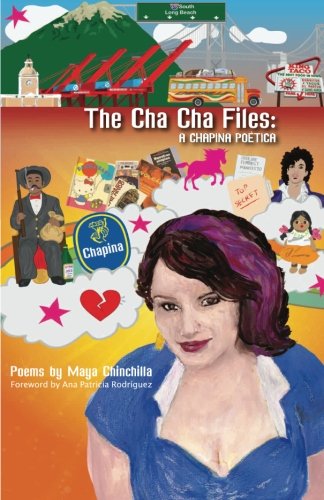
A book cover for The Cha Cha Files:: A Chapina PoÃ©tica; Maya Chinchilla; Gay & Lesbian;